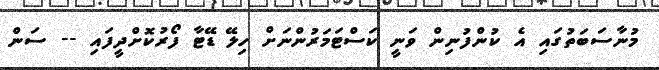
މުނާސަބަތުގައި އެ ކުންފުނިން ވަނީ ކަސްޓަމަރުންނަށް ހިލޭ ޑޭޓާ ފޯރުކޮށްދީފައި -- ސަން